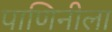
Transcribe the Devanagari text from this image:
पाणिनीला